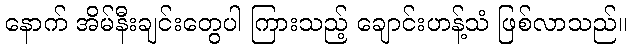
နောက် အိမ်နီးချင်းတွေပါ ကြားသည့် ချောင်းဟန့်သံ ဖြစ်လာသည်။